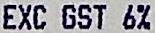
EXC GST 6%